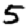
Digit: 5